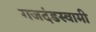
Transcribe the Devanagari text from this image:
गजदंडस्वामी